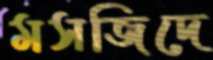
মসজিদে